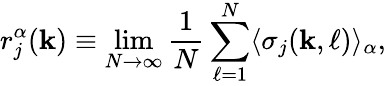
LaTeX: r_{j}^{\alpha}(\mathbf{k})\equiv\operatorname*{lim}_{N\rightarrow\infty}\frac{{1}}{{N}}\sum_{\ell=1}^{N}\langle\sigma_{j}(\mathbf{k},\ell)\rangle_{\alpha},